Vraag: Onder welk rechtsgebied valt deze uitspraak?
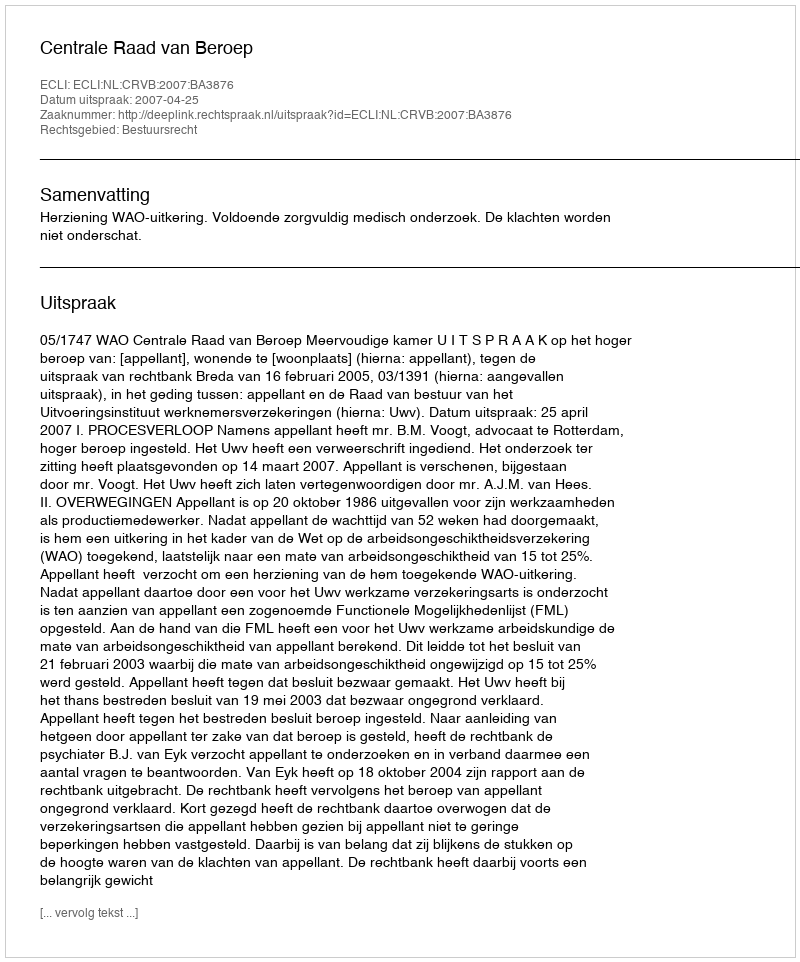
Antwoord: Bestuursrecht